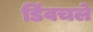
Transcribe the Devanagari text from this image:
डिंवचले